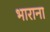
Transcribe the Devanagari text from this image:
भाराना